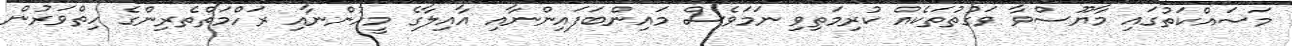
މަސައްކަތުގައި މާޔޫސްވާ ވަގުތުތަކެއް ކުރިމަތިވި ނަމަވެސް މައިންބަފައިންނާއި އާއިލާގެ މީހުންނާއި ރަހްމަތްތެރިންގެ ހިތްވަރުން